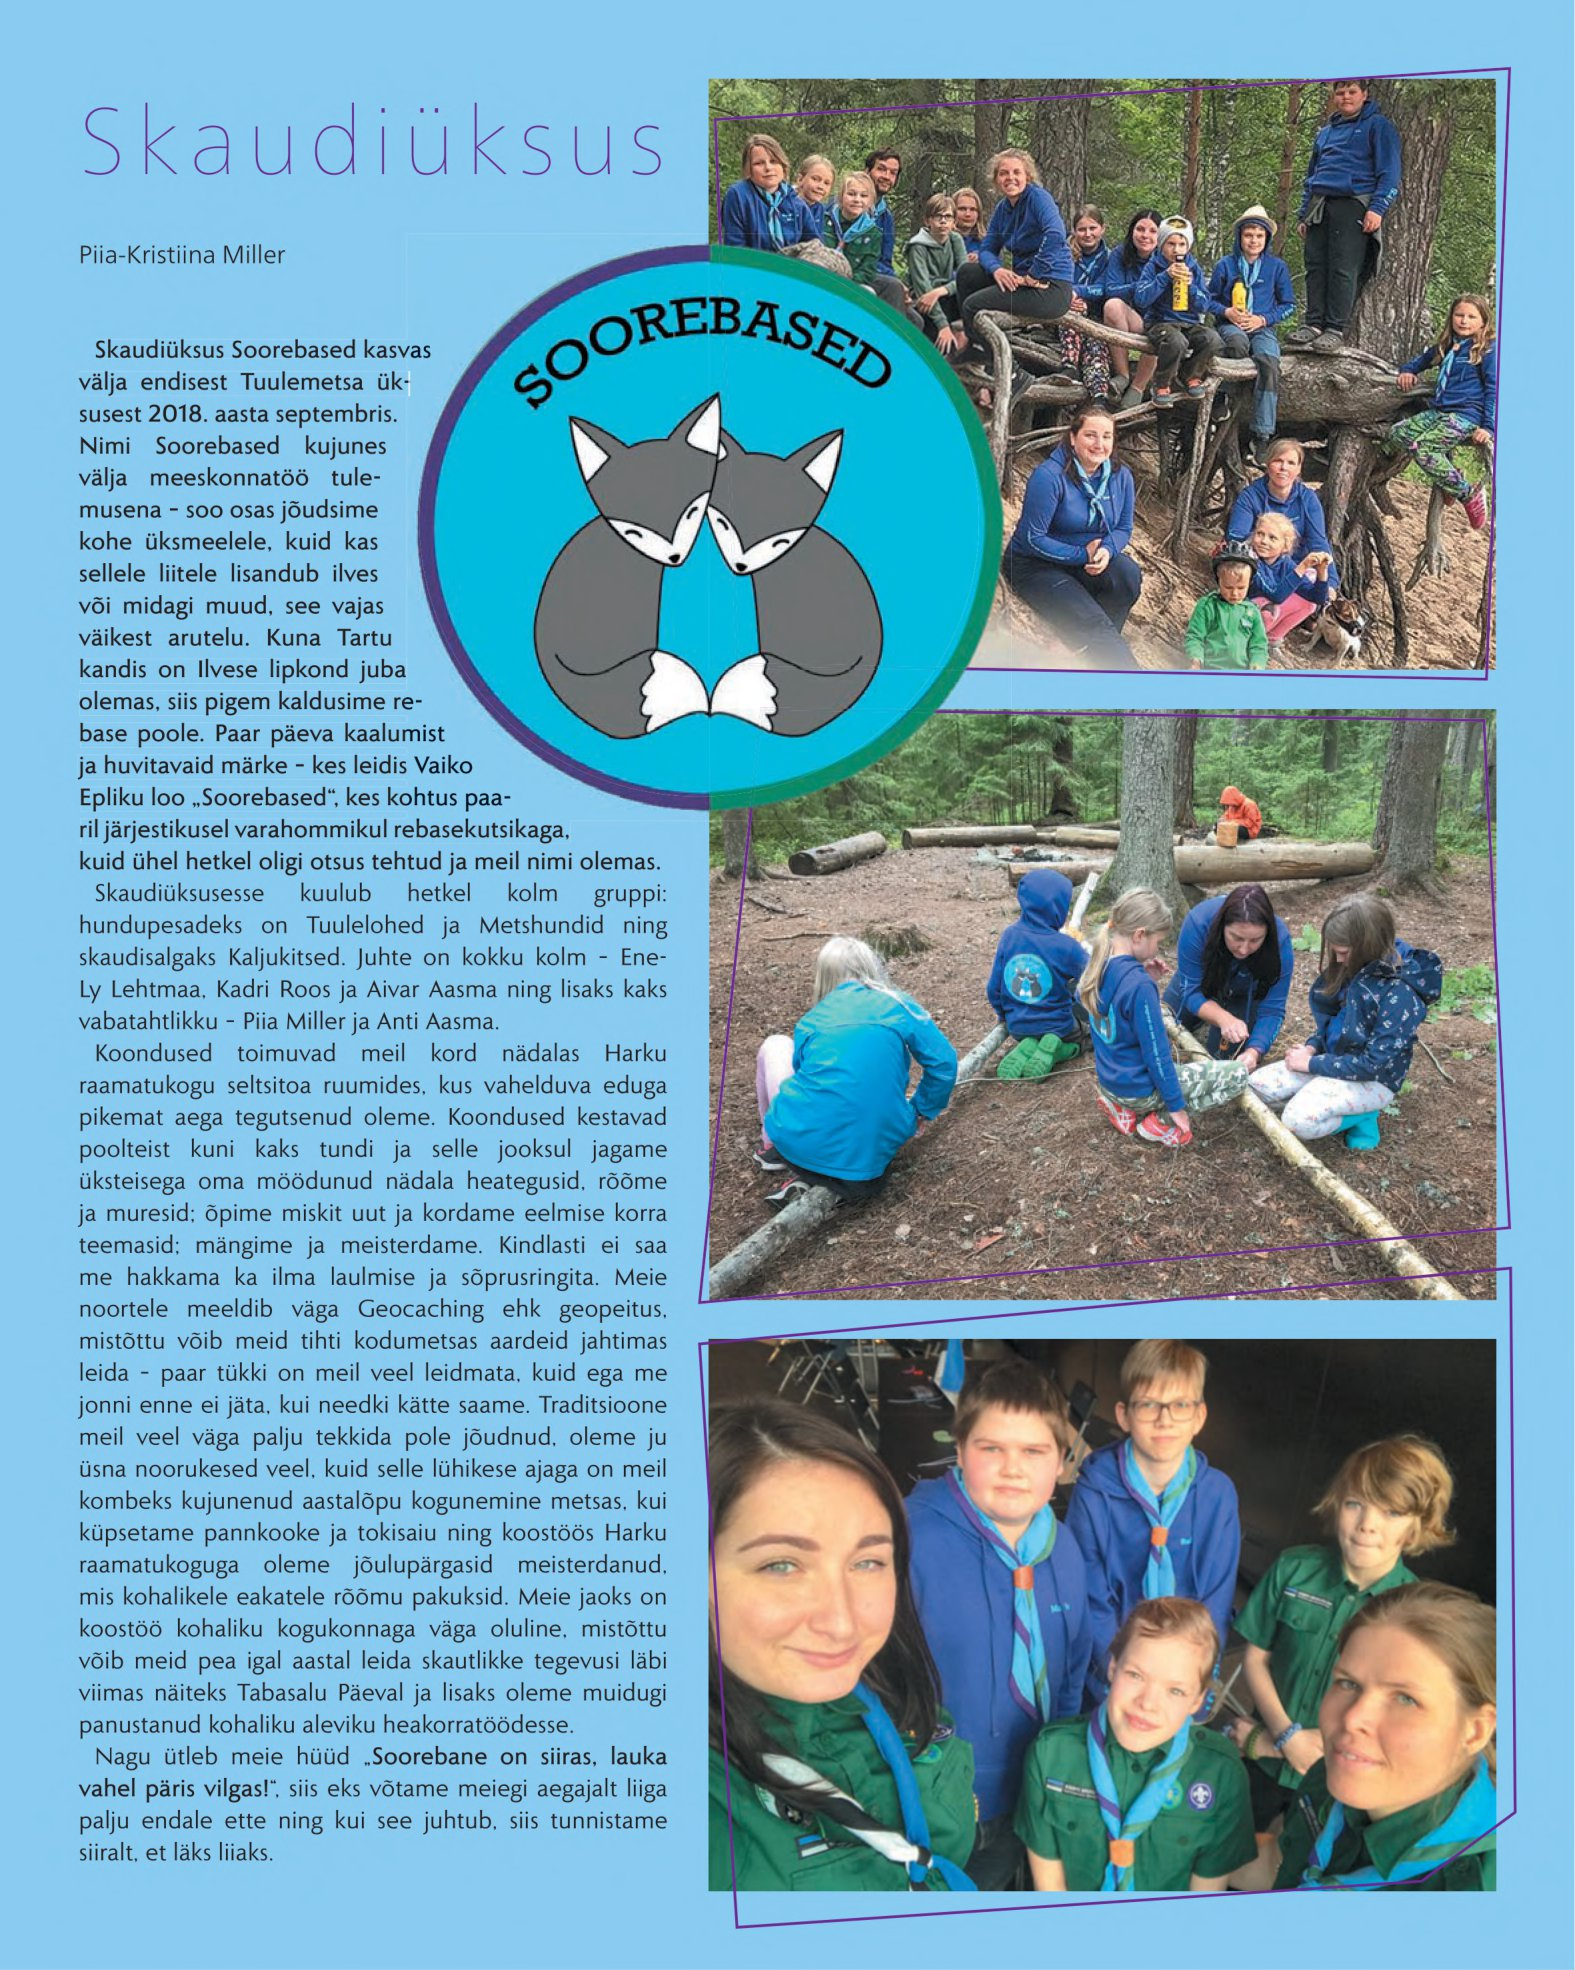
Language: et